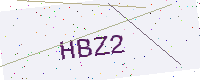
Text: HBZ2